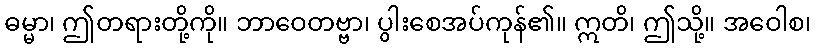
ဓမ္မာ၊ ဤတရားတို့ကို။ ဘာဝေတဗ္ဗာ၊ ပွါးစေအပ်ကုန်၏။ ဣတိ၊ ဤသို့။ အဝေါစ၊